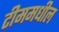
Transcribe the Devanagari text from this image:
टीममधील